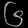
Digit: ၆